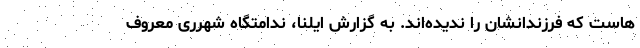
هاست که فرزندانشان را ندیده‌اند. به گزارش ایلنا، ندامتگاه شهرری معروف